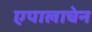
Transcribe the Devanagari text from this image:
एपालाचेन